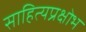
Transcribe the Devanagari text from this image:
साहित्यप्रक्षोभ